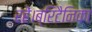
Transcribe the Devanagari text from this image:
रहें।ब्रिटैनिका